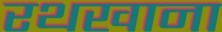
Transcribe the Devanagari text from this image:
रथखाना